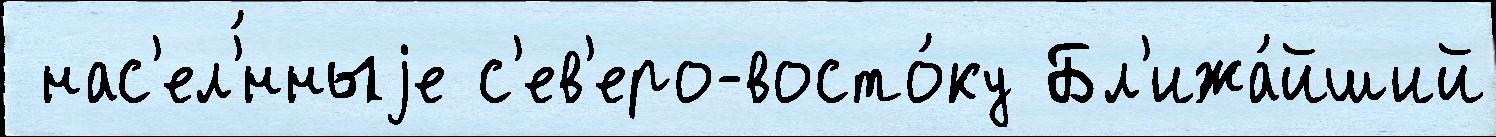
 нас'ел'́нныjе с'ев'еро-восто́ку Бл'ижа́йший